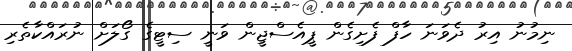
ނިމުނު އިރު ދެވަނަ ހާފް ފެށިގެން ޕީއެސްޖީން ވަނީ ސިޓީގެ ގޯލަށް ނުރައްކާތެރި